Language: tamil
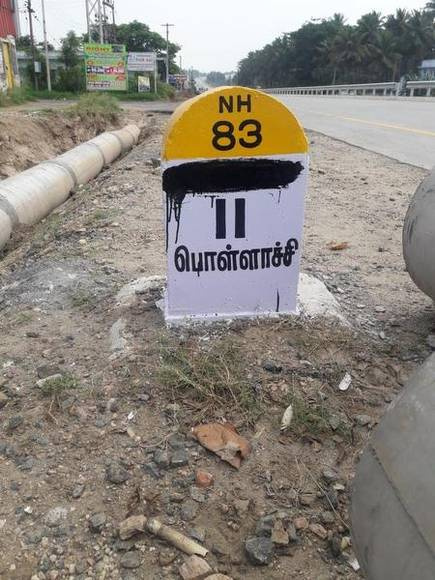
Transcription: பொள்ளாச்சி